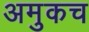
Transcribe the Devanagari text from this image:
अमुकच